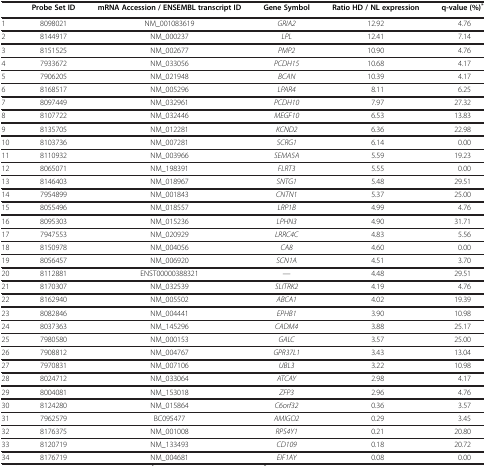
<table><thead><tr><td><b> </b></td><td><b>Probe Set ID</b></td><td><b>mRNA Accession / ENSEMBL transcript ID</b></td><td><b>Gene Symbol</b></td><td><b>Ratio HD / NL expression</b></td><td><b>q-value (%)<sup>*</sup></b></td></tr></thead><tbody><tr><td>1</td><td>8098021</td><td>NM_001083619</td><td><i>GRIA2</i></td><td>12.92</td><td>4.76</td></tr><tr><td>2</td><td>8144917</td><td>NM_000237</td><td><i>LPL</i></td><td>12.41</td><td>7.14</td></tr><tr><td>3</td><td>8151525</td><td>NM_002677</td><td><i>PMP2</i></td><td>10.90</td><td>4.76</td></tr><tr><td>4</td><td>7933672</td><td>NM_033056</td><td><i>PCDH15</i></td><td>10.68</td><td>4.17</td></tr><tr><td>5</td><td>7906205</td><td>NM_021948</td><td><i>BCAN</i></td><td>10.39</td><td>4.17</td></tr><tr><td>6</td><td>8168517</td><td>NM_005296</td><td><i>LPAR4</i></td><td>8.11</td><td>6.25</td></tr><tr><td>7</td><td>8097449</td><td>NM_032961</td><td><i>PCDH10</i></td><td>7.97</td><td>27.32</td></tr><tr><td>8</td><td>8107722</td><td>NM_032446</td><td><i>MEGF10</i></td><td>6.53</td><td>13.83</td></tr><tr><td>9</td><td>8135705</td><td>NM_012281</td><td><i>KCND2</i></td><td>6.36</td><td>22.98</td></tr><tr><td>10</td><td>8103736</td><td>NM_007281</td><td><i>SCRG1</i></td><td>6.14</td><td>0.00</td></tr><tr><td>11</td><td>8110932</td><td>NM_003966</td><td><i>SEMA5A</i></td><td>5.59</td><td>19.23</td></tr><tr><td>12</td><td>8065071</td><td>NM_198391</td><td><i>FLRT3</i></td><td>5.55</td><td>0.00</td></tr><tr><td>13</td><td>8146403</td><td>NM_018967</td><td><i>SNTG1</i></td><td>5.48</td><td>29.51</td></tr><tr><td>14</td><td>7954899</td><td>NM_001843</td><td><i>CNTN1</i></td><td>5.37</td><td>25.00</td></tr><tr><td>15</td><td>8055496</td><td>NM_018557</td><td><i>LRP1B</i></td><td>4.99</td><td>4.76</td></tr><tr><td>16</td><td>8095303</td><td>NM_015236</td><td><i>LPHN3</i></td><td>4.90</td><td>31.71</td></tr><tr><td>17</td><td>7947553</td><td>NM_020929</td><td><i>LRRC4C</i></td><td>4.83</td><td>5.56</td></tr><tr><td>18</td><td>8150978</td><td>NM_004056</td><td><i>CA8</i></td><td>4.60</td><td>0.00</td></tr><tr><td>19</td><td>8056457</td><td>NM_006920</td><td><i>SCN1A</i></td><td>4.51</td><td>3.70</td></tr><tr><td>20</td><td>8112881</td><td>ENST00000388321</td><td><i>---</i></td><td>4.48</td><td>29.51</td></tr><tr><td>21</td><td>8170307</td><td>NM_032539</td><td><i>SLITRK2</i></td><td>4.19</td><td>4.76</td></tr><tr><td>22</td><td>8162940</td><td>NM_005502</td><td><i>ABCA1</i></td><td>4.02</td><td>19.39</td></tr><tr><td>23</td><td>8082846</td><td>NM_004441</td><td><i>EPHB1</i></td><td>3.90</td><td>10.98</td></tr><tr><td>24</td><td>8037363</td><td>NM_145296</td><td><i>CADM4</i></td><td>3.88</td><td>25.17</td></tr><tr><td>25</td><td>7980580</td><td>NM_000153</td><td><i>GALC</i></td><td>3.57</td><td>25.00</td></tr><tr><td>26</td><td>7908812</td><td>NM_004767</td><td><i>GPR37L1</i></td><td>3.43</td><td>13.04</td></tr><tr><td>27</td><td>7970831</td><td>NM_007106</td><td><i>UBL3</i></td><td>3.22</td><td>10.98</td></tr><tr><td>28</td><td>8024712</td><td>NM_033064</td><td><i>ATCAY</i></td><td>2.98</td><td>4.17</td></tr><tr><td>29</td><td>8004081</td><td>NM_153018</td><td><i>ZFP3</i></td><td>2.96</td><td>4.76</td></tr><tr><td>30</td><td>8124280</td><td>NM_015864</td><td><i>C6orf32</i></td><td>0.36</td><td>3.57</td></tr><tr><td>31</td><td>7962579</td><td>BC095477</td><td><i>AMIGO2</i></td><td>0.29</td><td>3.45</td></tr><tr><td>32</td><td>8176375</td><td>NM_001008</td><td><i>RPS4Y1</i></td><td>0.21</td><td>20.80</td></tr><tr><td>33</td><td>8120719</td><td>NM_133493</td><td><i>CD109</i></td><td>0.18</td><td>20.72</td></tr><tr><td>34</td><td>8176719</td><td>NM_004681</td><td><i>EIF1AY</i></td><td>0.08</td><td>0.00</td></tr></tbody></table>